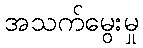
အသက်မွေးမှု